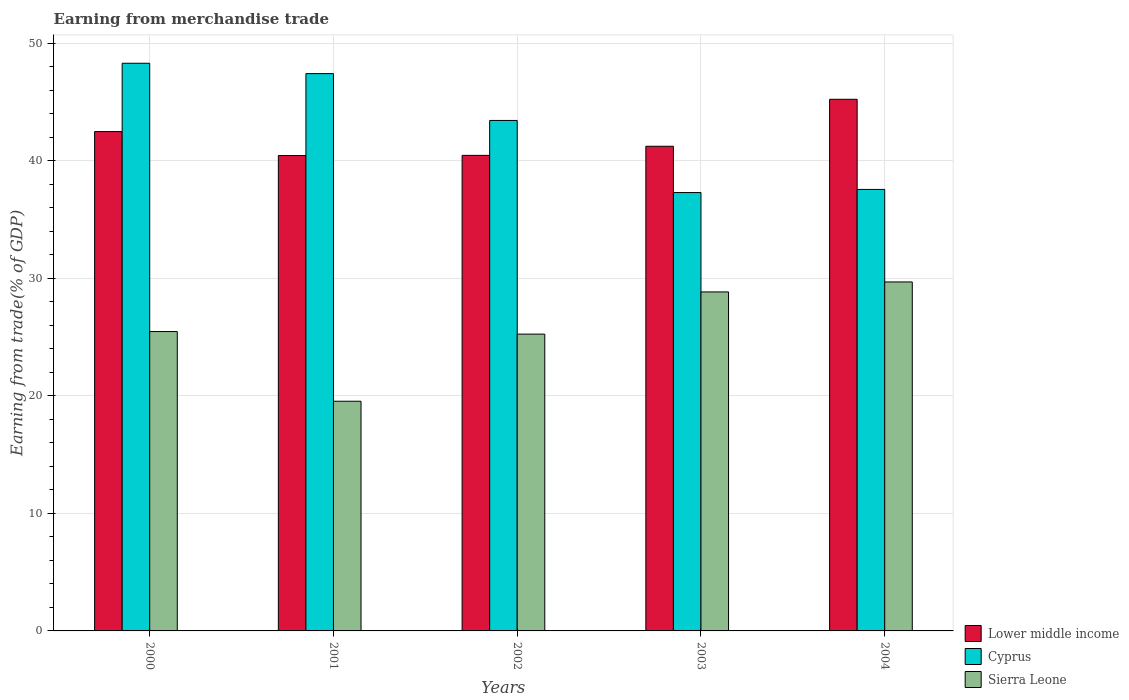
| Years | Lower middle income | Cyprus | Sierra Leone |
 | --- | --- | --- | --- |
 | 2000 | 42.5 | 48.3 | 25.5 |
 | 2001 | 40.5 | 47.4 | 19.5 |
 | 2002 | 40.5 | 43.4 | 25.3 |
 | 2003 | 41.2 | 37.3 | 28.8 |
 | 2004 | 45.2 | 37.6 | 29.7 |